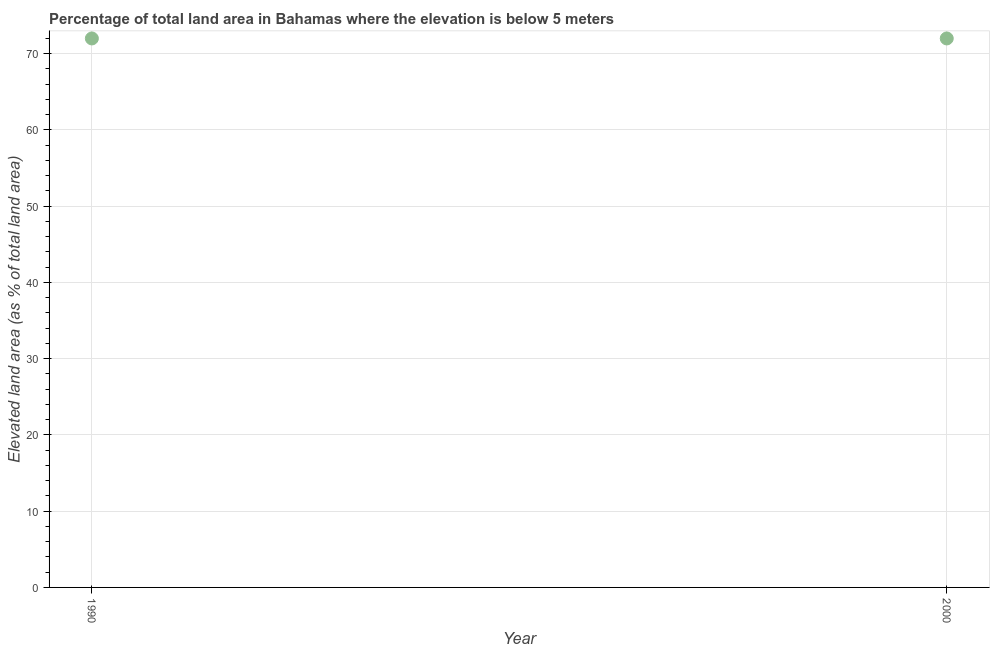
| Year | Land area |
 | --- | --- |
 | 1990 | 72 |
 | 2000 | 72 |